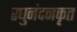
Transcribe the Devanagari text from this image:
रघुनंदनकृत